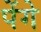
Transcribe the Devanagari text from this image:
पेंगे